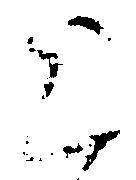
上